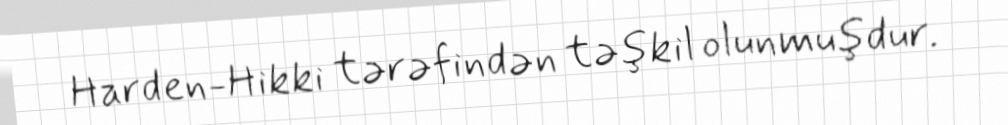
Harden-Hikki tərəfindən təşkil olunmuşdur.